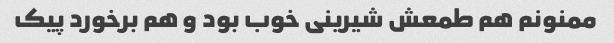
ممنونم هم طمعش شیرینی خوب بود و هم برخورد پیک